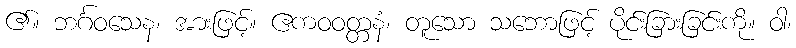
၏။ ဘင်္ဂဝသေန၊ အားဖြင့်။ ဧကဝဝတ္တနံ၊ တူသော သဘောဖြင့် ပိုင်းခြားခြင်းကို။ ဝါ၊